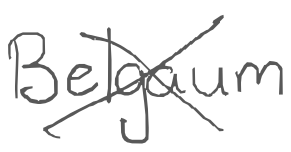
Text: Belgaum
Cross-out: cross
Writing tool: digital_gray